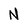
Character: N